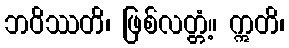
ဘဝိဿတိ၊ ဖြစ်လတ္တံ့။ ဣတိ၊